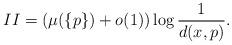
LaTeX: \begin{align*}II = (\mu(\{p\}) +o(1)) \log\frac 1{d(x, p)} .\end{align*}